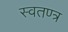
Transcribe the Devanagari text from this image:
स्वतण्त्र